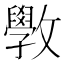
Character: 斆